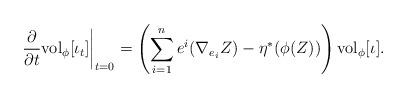
LaTeX: \begin{align*}\left. \frac{\partial}{\partial t} {\rm vol}_{\phi} [\iota_{t}] \right|_{t=0} = \left(\sum_{i=1}^{n}e^{i} (\nabla_{e_{i}} Z) - \eta^{*} (\phi (Z))\right) {\rm vol}_{\phi} [\iota]. \end{align*}